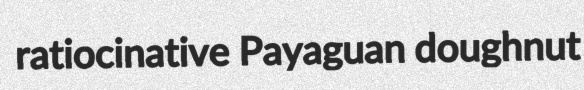
ratiocinative Payaguan doughnut